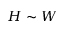
H \sim W